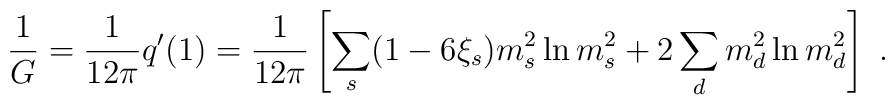
{1 \over G}={1 \over 12\pi}q'(1)={1 \over 12\pi}\left[ \sum_s (1-6\xi_s)m_s^2\ln m_s^2 +2\sum_dm_d^2\ln m_d^2\right]~.